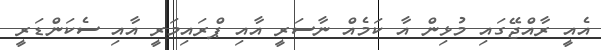
އެއީ ރާއްޖޭގައި މުޅިން އާ ކަމެއް ނާސަރީ އާއި ޕްރައިމަރީ އާއި ސެކަންޑަރީ